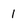
Character: 1